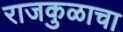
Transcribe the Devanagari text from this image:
राजकुळाचा